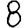
Digit: 8